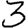
Digit: 3